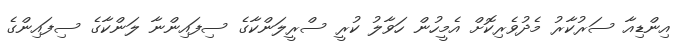
އިންޑިއާ ސަރުކާރު މެދުވެރިކޮށް އެމީހުން ހަވާލު ކުރީ ސްރީލަންކާގެ ސިފައިންނާ ލަންކާގެ ސިފައިންގެ